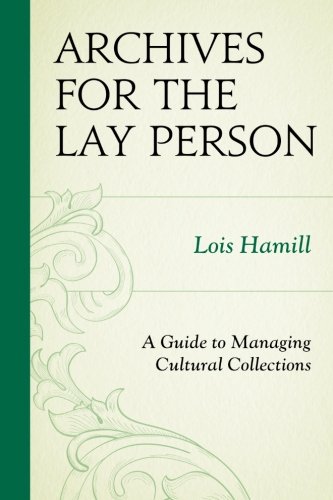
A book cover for Archives for the Lay Person: A Guide to Managing Cultural Collections (American Association for State and Local History); Lois Hamill; Business & Money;